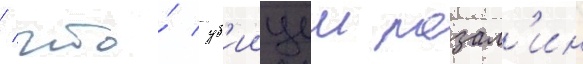
/ что́ уб'иицеи розал'ин